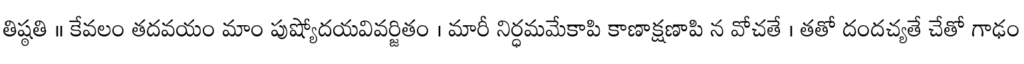
తిష్ఠతి ॥ కేవలం తదవయం మాం పుష్యోదయవివర్జితం । మారీ నిర్ధమమేకాపి కాణాక్షణాపి న వోచతే । తతో దందచ్యతే చేతో గాఢం